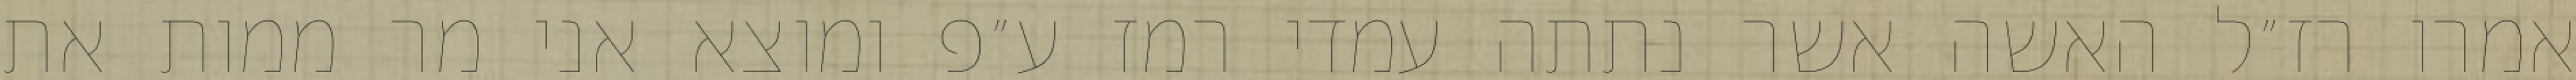
אמרו רז״ל האשה אשר נתתה עמדי רמז ע״פ ומוצא אני מר ממות את